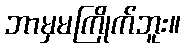
ဘာမှမကြိုက်ဘူး။